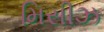
મિસીઝ